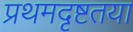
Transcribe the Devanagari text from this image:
प्रथमदृष्टतया